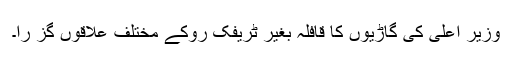
وزیر اعلیٰ کی گاڑیوں کا قافلہ بغیر ٹریفک روکے مختلف علاقوں گز را۔